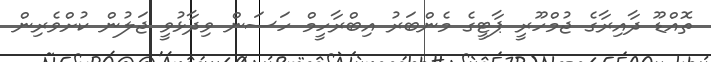
ތޮއްޑޫ ދާއިރާގެ ޖުމްހޫރީ ޕާޓީގެ މެންބަރު އިބްރާހީމް ހަސަން ވިދާޅުވީ ޖަލުން ކުށްވެރިން